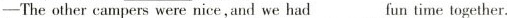
—The other campers were nice,and we had ___fun time together.